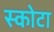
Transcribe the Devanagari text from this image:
स्कोटा